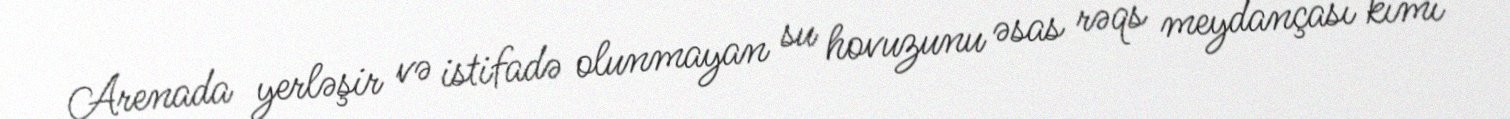
Arenada yerləşir və istifadə olunmayan su hovuzunu əsas rəqs meydançası kimi